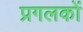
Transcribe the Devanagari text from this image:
प्रगलकों